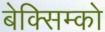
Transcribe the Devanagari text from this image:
बेक्सिम्को